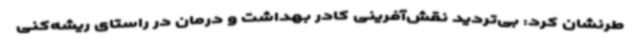
طرنشان کرد: بی‌تردید نقش‌آفرینی کادر بهداشت و درمان در راستای ریشه‌کنی